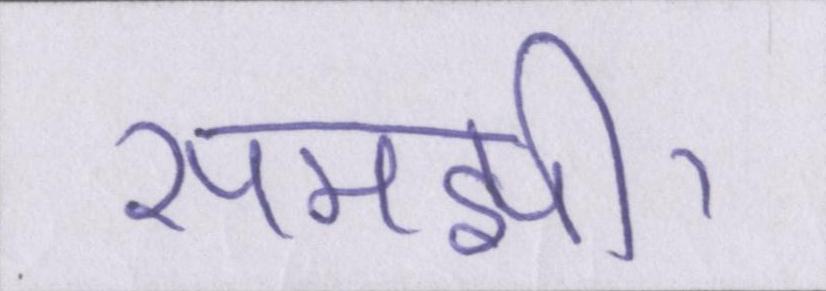
समझी।